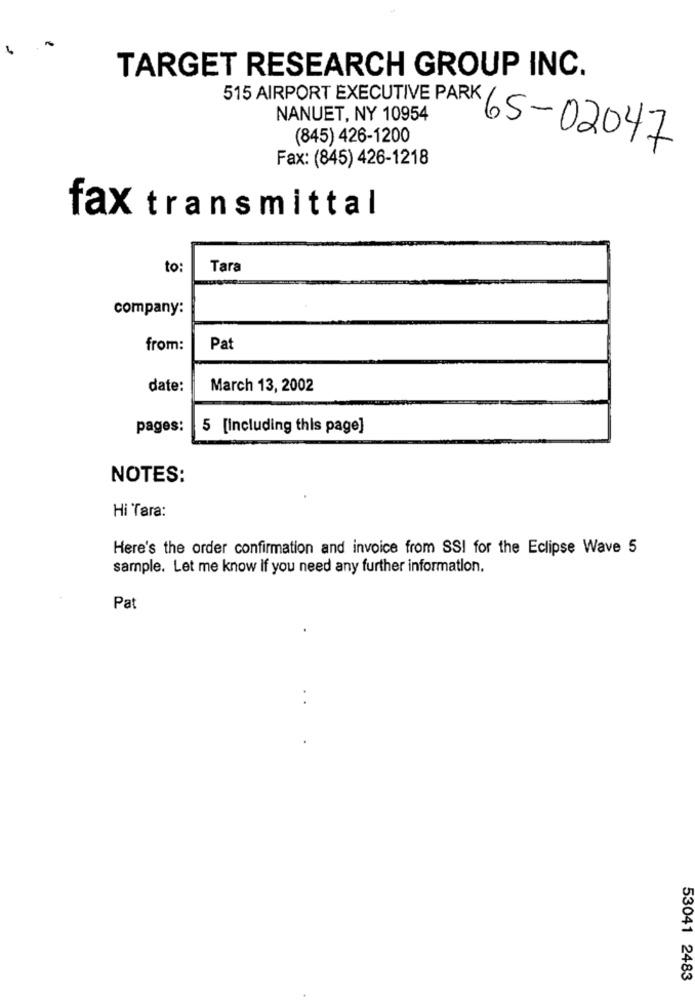
TARGET RESEARCH GROUP INC.
515 AIRPORT EXECUTIVE PARK
NANUET, NY 10954
(845) 426-1200
65-02047
Fax: (845) 426-1218
fax transmittal
to:
Tara
company:
from:
Pat
date:
March 13, 2002
pages:
5 [Including this page]
NOTES:
Hi Tara:
Here's the order confirmation and invoice from SSI for the Eclipse Wave 5
sample. Let me know if you need any further information.
Pat
.
53041 2483